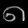
Digit: ၈